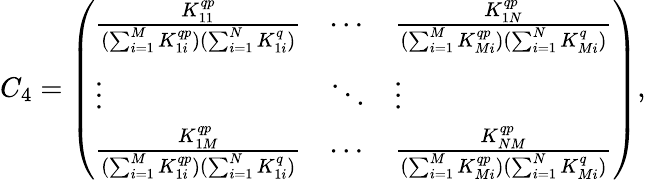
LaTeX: C_{4}=\left(\begin{array}{lll}{\frac{K_{11}^{qp}}{(\sum_{i=1}^{M}K_{1i}^{qp})(\sum_{i=1}^{N}K_{1i}^{q})}}&{\cdots}&{\frac{K_{1N}^{qp}}{(\sum_{i=1}^{M}K_{Mi}^{qp})(\sum_{i=1}^{N}K_{Mi}^{q})}}\\ {\vdots}&{\ddots}&{\vdots}\\ {\frac{K_{1M}^{qp}}{(\sum_{i=1}^{M}K_{1i}^{qp})(\sum_{i=1}^{N}K_{1i}^{q})}}&{\cdots}&{\frac{K_{NM}^{qp}}{(\sum_{i=1}^{M}K_{Mi}^{qp})(\sum_{i=1}^{N}K_{Mi}^{q})}}\end{array}\right),